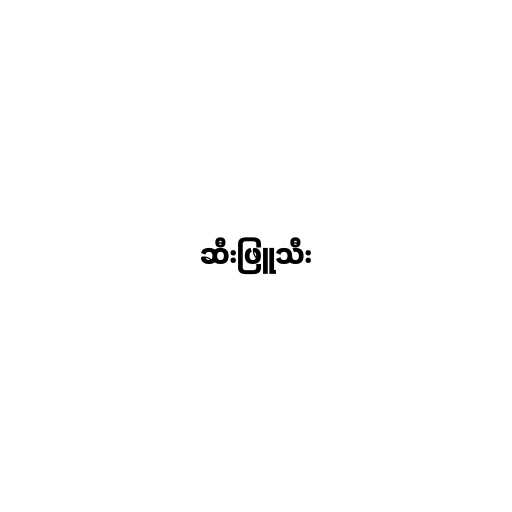
ဆီးဖြူသီး